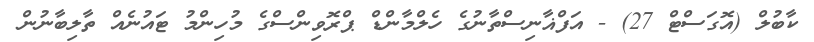
ކާބުލް (އޮގަސްޓް 27) - އަފްޣާނިސްތާނުގެ ހެލްމާންޑް ޕްރޮވިންސްގެ މުހިންމު ޓައުނެއް ތާލިބާނުން